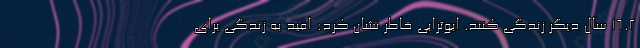
۱۶.۲ سال دیگر زندگی کنند. ابوترابی خاطر نشان کرد: امید به زندگی برای